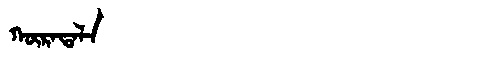
Manchu: ᡴᡡᡵᠠᡨᠠᠯᠠ
Romanization: KŪRATALA